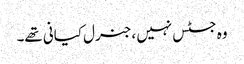
وہ جسٹس نہیں ،جنرل کیانی تھے۔